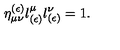
\eta _ { \mu \nu } ^ { ( \epsilon ) } l _ { ( \epsilon ) } ^ { \mu } l _ { ( \epsilon ) } ^ { \nu } = 1 .